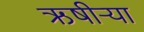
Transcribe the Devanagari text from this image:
ऋषीऱ्या